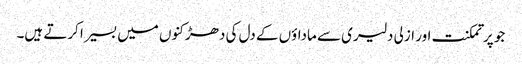
جو پر تمکنت اور ازلی دلیری سے ماداؤں کے دل کی دھڑکنوں میں بسیرا کرتے ہیں۔